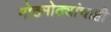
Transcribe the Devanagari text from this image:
मोठमोठ्यांचाही